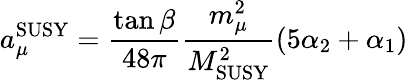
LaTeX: a_{\mu}^{\mathrm{SUSY}}={\frac{\tan\beta}{48\pi}}{\frac{m_{\mu}^{2}}{M_{\mathrm{SUSY}}^{2}}}(5\alpha_{2}+\alpha_{1})